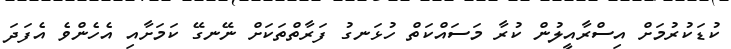
ކުޑަކުރުމަށް އިސްރާއީލުން ކުރާ މަސައްކަތް ހުޅަނގު ފަރާތްތަކަށް ނޭނގޭ ކަމަށާއި އެހެންވެ އެފަދަ